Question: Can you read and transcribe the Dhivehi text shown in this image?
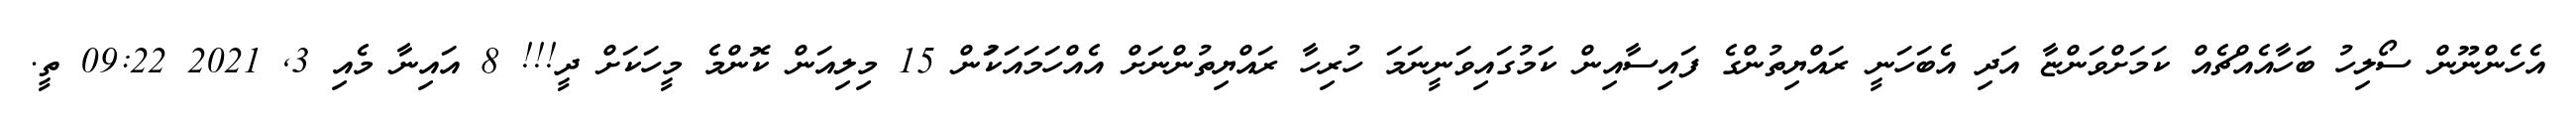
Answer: އެހެންނޫން ސޯލިހު ބަހާއެއްޗެއް ކަމަށްވަންޏާ އަދި އެބަހަނީ ރައްޔިތުންގެ ފައިސާއިން ކަމުގައިވަނީނަމަ ހުރިހާ ރައްޔިތުންނަށް އެއްހަމައަކަުން 15 މިލިއަން ކޮންމެ މީހަކަށް ދީ!!! 8 އައިނާ މެއި 3, 2021 09:22 ތީ.